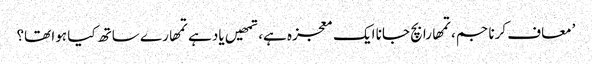
’معاف کرنا جم، تمھارا بچ جانا ایک معجزہ ہے، تمھیں یاد ہے تمھارے ساتھ کیا ہوا تھا؟